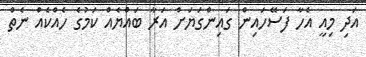
އަދި މިއީ އެހާ ފަސޭހައިން ގައިންގަޔަށް އަރާ ބައްޔެއް ކަމުގެ ހެއްކެއް ނެތް